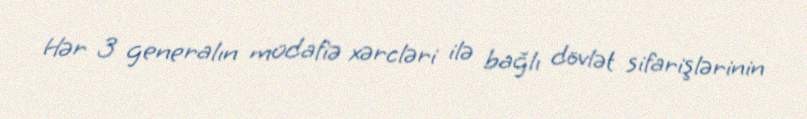
Hər 3 generalın müdafiə xərcləri ilə bağlı dövlət sifarişlərinin